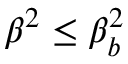
\beta ^ { 2 } \leq \beta _ { b } ^ { 2 }